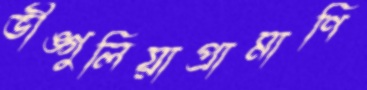
ভীঙ্গুলিয়াপ্রামাণি